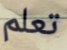
تعلم